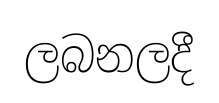
ලබනලදී